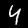
Label: 4